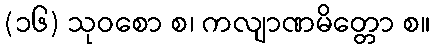
(၁၆) သုဝစော စ၊ ကလျာဏမိတ္တော စ။